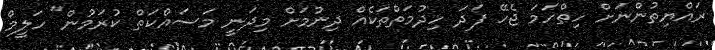
ރައްޔިތުންނަށް ހިތްހަމަ ޖެހޭ ފަދަ ހިދުމަތްތަކެއް ދިނުމަށް މިދަނީ މަސައްކަތް ކުރަމުން" ހަލީމް